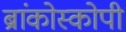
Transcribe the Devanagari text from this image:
ब्रांकोस्कोपी